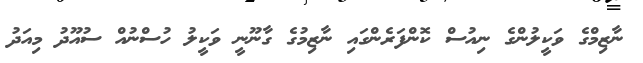
ނާޒިމްގެ ވަކީލުންގެ ނިއުސް ކޮންފަރެންގައި ނާޒިމުގެ ގާނޫނީ ވަކީލު ހުސްނުއް ސުއޫދު މިއަދު